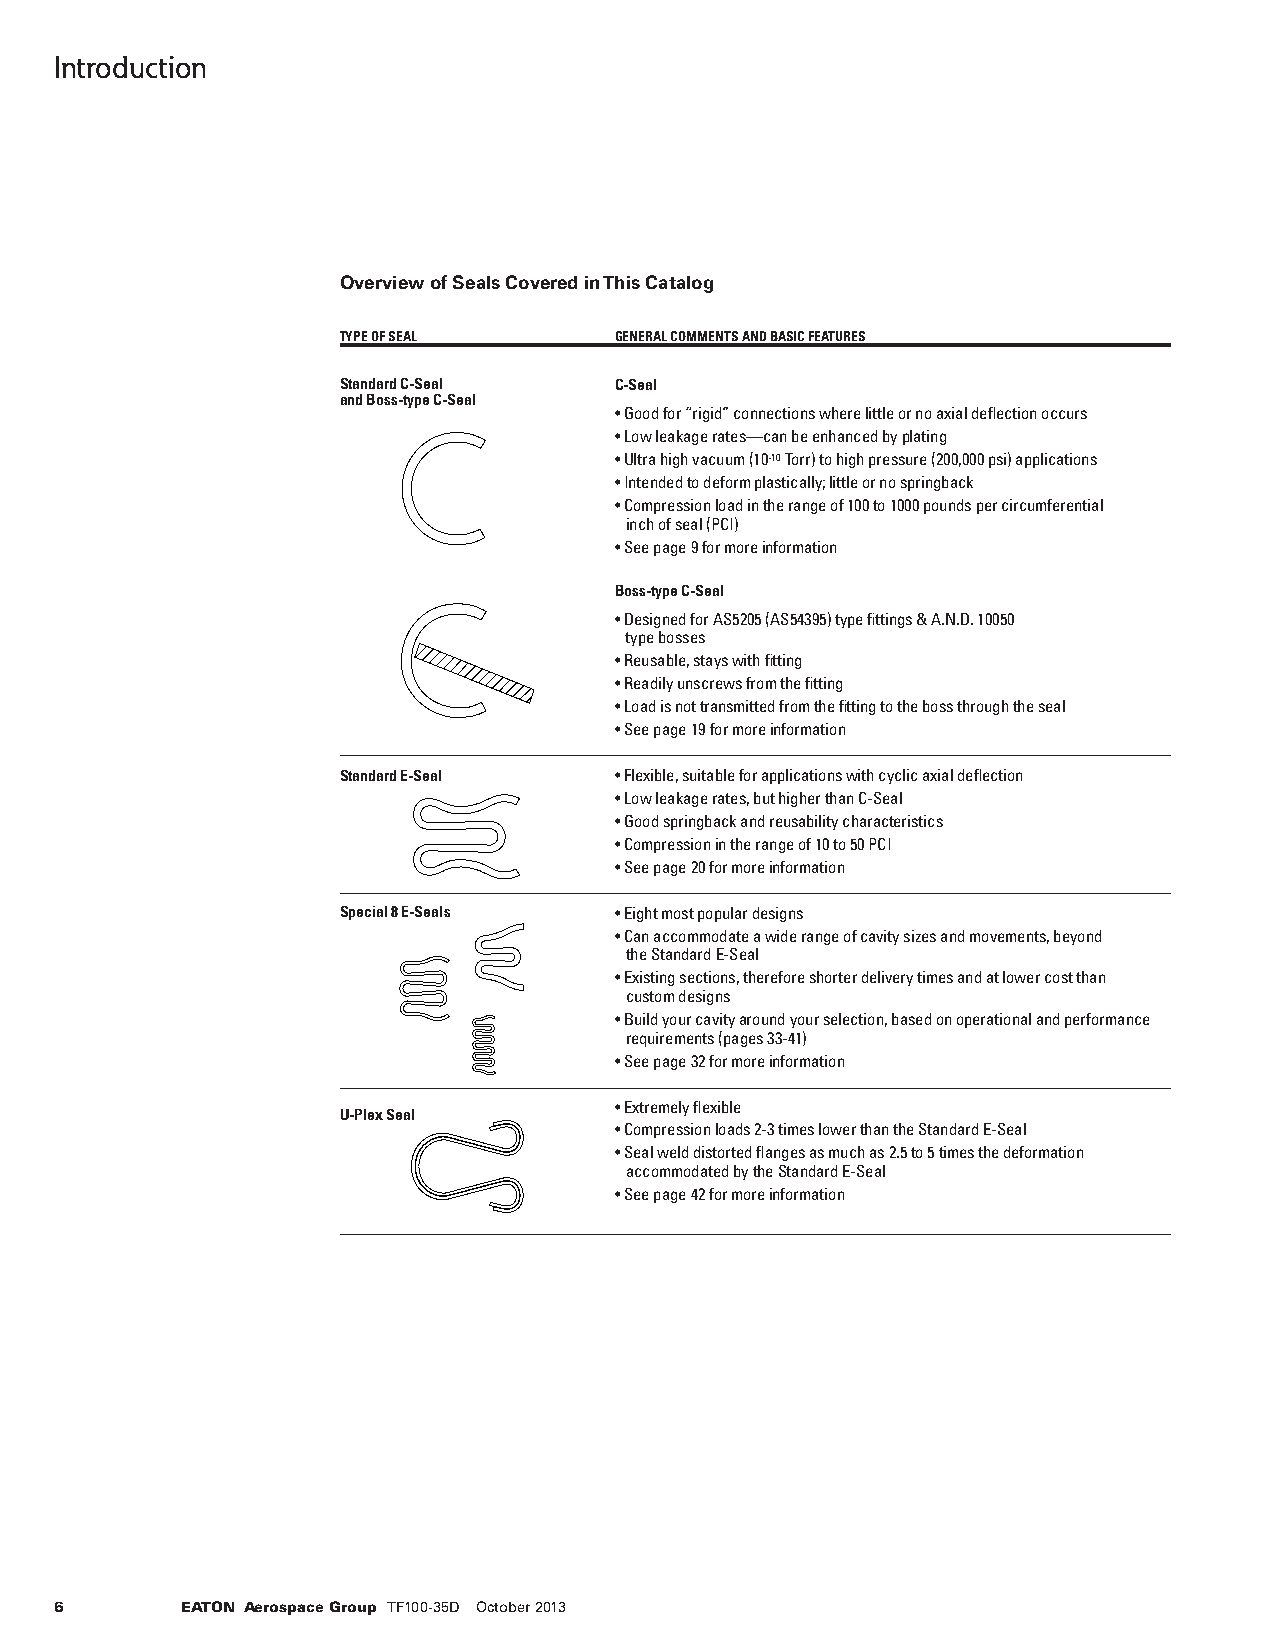
Introduction
 Overview of Seals Covered in This Catalog
 TYPE OF SEAL       GENERAL COMMENTS AND BASIC FEATURES
 Standard C -Seal   C-Seal
 and Boss-type C-Seal
 • Good for “rigid” connections where little or no axial deflection occurs
 • Low leakage rates—can be enhanced by plating
 • Ultra high vacuum (10-10 Torr) to high pressure (200,000 psi) applications
 • Intended to deform plastically; little or no springback
 • Compression load in the range of 100 to 1000 pounds per circumferential
 inch of seal (PCI)
 • See page 9 for more information
 Boss-type C-Seal
 • Designed for AS5205 (AS54395) type fittings & A.N.D. 10050
 type bosses
 • Reusable, stays with fitting
 • Readily unscrews from the fitting
 • Load is not transmitted from the fitting to the boss through the seal
 • See page 19 for more information
 Standard E- Seal   • Flexible, suitable for applications with cyclic axial deflection
 • Low leakage rates, but higher than C-Seal
 • Good springback and reusability characteristics
 • Compression in the range of 10 to 50 PCI
 • See page 20 for more information
 Special 8 E -Seals • Eight most popular designs
 • Can accommodate a wide range of cavity sizes and movements, beyond
 the Standard E-Seal
 • Existing sections, therefore shorter delivery times and at lower cost than
 custom designs
 • Build your cavity around your selection, based on operational and performance
 requirements (pages 33-41)
 • See page 32 for more information
 • Extremely flexible
 U-Plex Seal
 • Compression loads 2-3 times lower than the Standard E-Seal
 • Seal weld distorted flanges as much as 2.5 to 5 times the deformation
 accommodated by the Standard E-Seal
 • See page 42 for more information
 6       EATON Aerospace Group TF100-35D October 2013